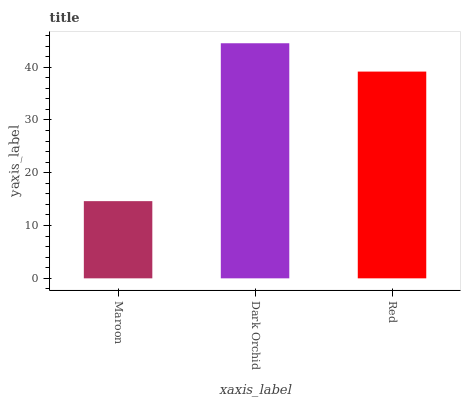
| xaxis_label | bars |
 | --- | --- |
 | Maroon | 14.6 |
 | Dark Orchid | 44.5 |
 | Red | 39.2 |